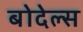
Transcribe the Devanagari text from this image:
बोदेल्स